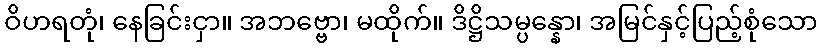
ဝိဟရတုံ၊ နေခြင်းငှာ။ အဘဗ္ဗော၊ မထိုက်။ ဒိဋ္ဌိသမ္ပန္နော၊ အမြင်နှင့်ပြည့်စုံသော